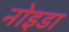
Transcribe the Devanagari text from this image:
नोइडा